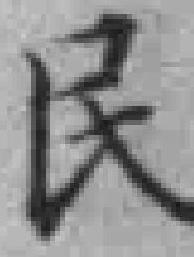
民